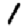
Digit: 1